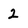
Character: 2